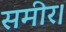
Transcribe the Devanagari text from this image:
समीर।